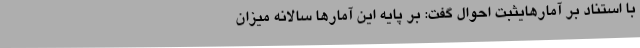
با استناد بر آمارهایثبت احوال گفت: بر پایه این آمارها سالانه میزان